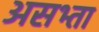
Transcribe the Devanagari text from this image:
असभ्ता